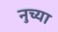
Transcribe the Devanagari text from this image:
नुच्या